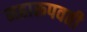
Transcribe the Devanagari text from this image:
महारूपवती